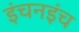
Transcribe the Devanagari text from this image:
इंचनइंच